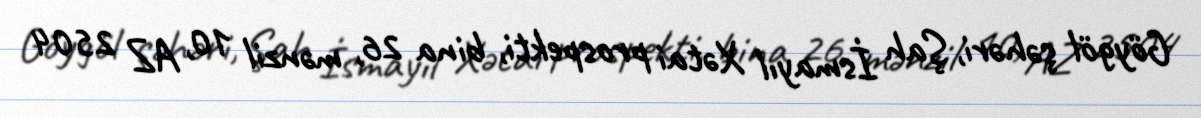
Göygöl şəhəri, Şah İsmayıl Xətai prospekti, bina 26, mənzil 10, AZ 2504